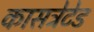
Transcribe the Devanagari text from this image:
कासट्रेटेड